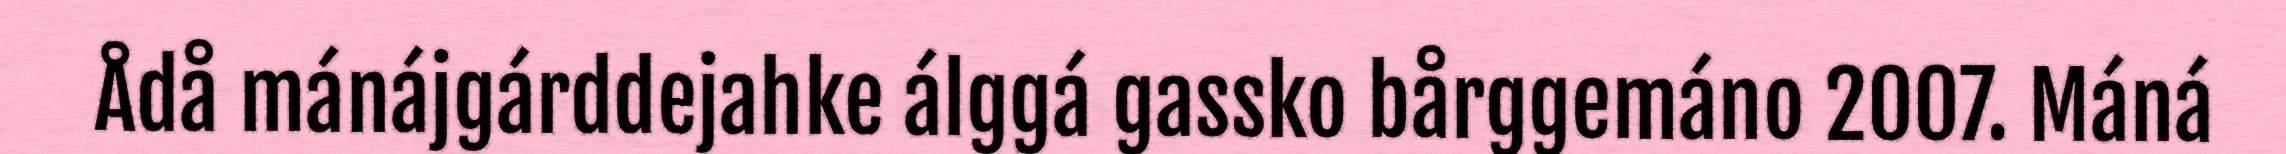
Ådå mánájgárddejahke álggá gassko bårggemáno 2007. Máná